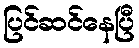
ပြင်ဆင်နေပြီ